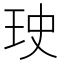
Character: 𤤭